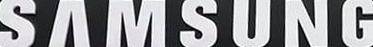
SAMSUNG